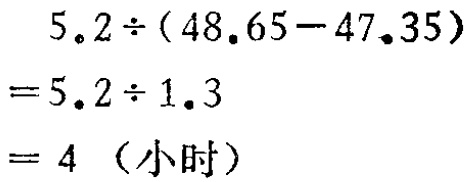
\[

\begin{align*}

&5.2\div(48.65 - 47.35)\\

=&5.2\div1.3\\

=& 4 \text{（小时）}

\end{align*}

\]